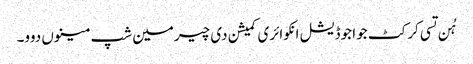
ہُن تسی کرکٹ جوا جوڈیشل انکوائری کمیشن دی چیرمین شپ مینوں دوو۔